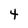
Character: 4